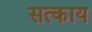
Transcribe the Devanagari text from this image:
सत्काय